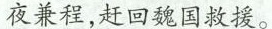
夜兼程，赶回魏国救援。